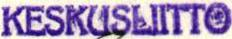
KESKUSLIITTO